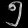
Digit: ၅